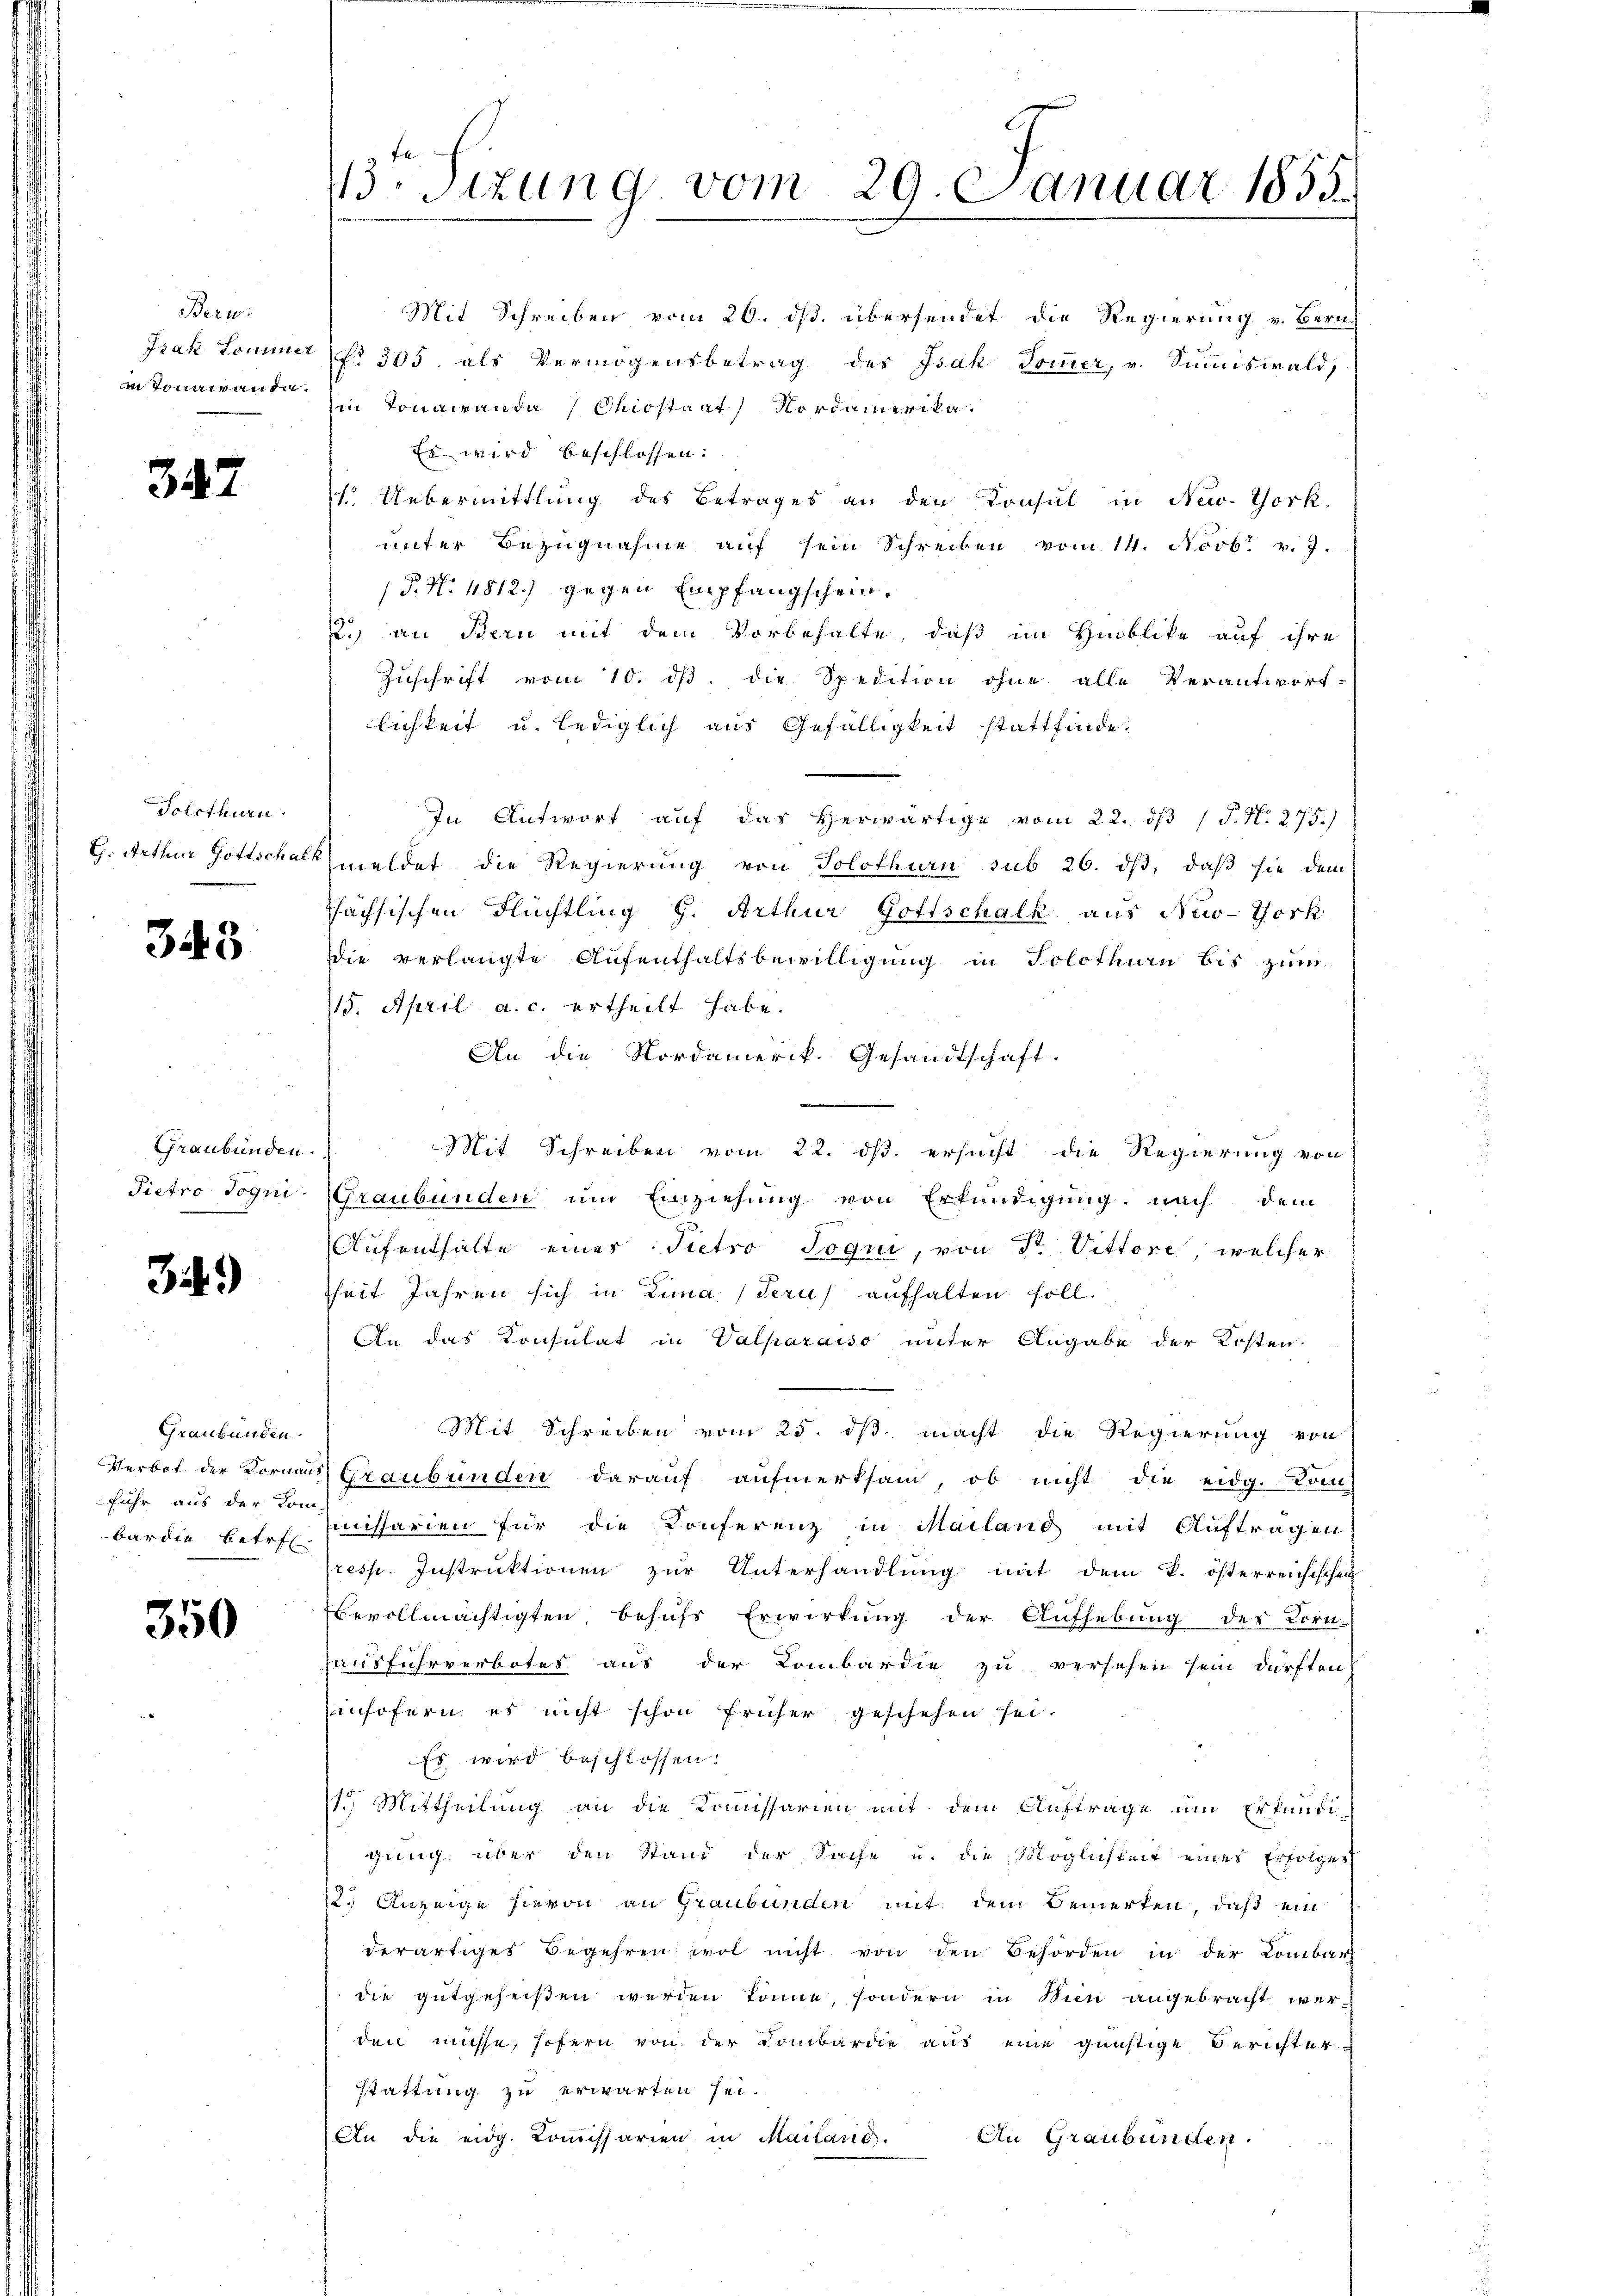
Berw.

34

Solothurn

343

Graubünden.
Pietro Jogni

34.)

Graubünden.
fuhr aus der Kom-

350

Mit Schreiben vom 26. ds. übersendet die Regierung v. Bern-
Isak Sommer No 305. als Vermögensbetrag des Isak Sommer, v. Summiswald,
in Tonnirante in Tonarranda (Chiostaat Nordamerika.
Es wird beschlossen:
 Uebermittlung des Betrages an den Konsul in New-York
unter Bezugnahme auf sein Schreiben vom 14. Novb. v. J.
P. N. 1812.) gegen Empfangschein.
R.) an Bern mit dem Vorbehalte, daß im Haublike auf ihre
Zuschrift vom 10. ds. die Spedition ohne alle Verantwort-
lichkeit u. lediglich aus Gefälligkeit stattfinde.
In Antwort auf das herwärtige vom 22. dβ / P. N. 275.)
G. Arthur Gottschalkmeldet die Regierung von Solothurn sub 26. dβ, daß sie dem
Phächsischen Flüchtling G. Arthur Gottschalk aus New-York
Die verlangte Aufenthaltsbewilligung in Solothurn bis zum
115. April a. c. ertheilt habe.
An die Nordamerik. Gesandtschaft.
Mit Schreiben vom 22. ds. ersucht die Regierung von
Graubünden um Einziehung von Erkundigung nach dem
Aufenthalte eines Pietro Pogui, von Sr. Vittore, welcher
heit Jahren sich in Lina (Tern) aufhalten soll.
An das Konsulat in Valparaiso unter Angabe der Kosten
Mit Schreiben vom 25. ds. macht die Regierung von
Verbot der Vornaus Graubünden darauf aufmerksam, ob nicht die eidg. Kom-
bar die betr. Maissarien für die Konferenz in Mailand mit Auftragen
(resp. Instruktionen zŭr Unterhandlung mit dem k. österreichischen
Bevollmächtigten behufs Erwirkung der Aufhebung des Korn-
Hausfuhrverbotes aus der Lombardie zu versehen sein dürften.
insofern es nicht schon früher geschehen sei.
Es wird beschlossen:
1.) Mittheilung an die Kommissarien mit dem Auftrage um Erkundi-
gung über den Stand der Sache u. die Möglichkeit einer Erfolges
12. Anzeige hievon an Graubünden mit dem Bemerken, daß ein
derartiges Begehren wol nicht von den Behörden in der Lombar
die gutgeheißen werden könne, sondern in Wien angebracht werden müsse, sofern von der Lombardie aus eine günstige Berichter
stattung zu erwarten sei.
An die eidg. Kommissarien in Mailand.
An Graubünden.

43. Sizung vom 29. Januar 1855.